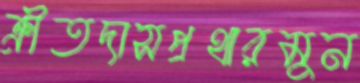
ক্রীতদাসপ্রথারমুন